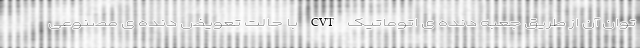
توان آن از طریق جعبه دنده ی اتوماتیک CVT با حالت تعویض دنده ی مصنوعی